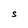
Character: S